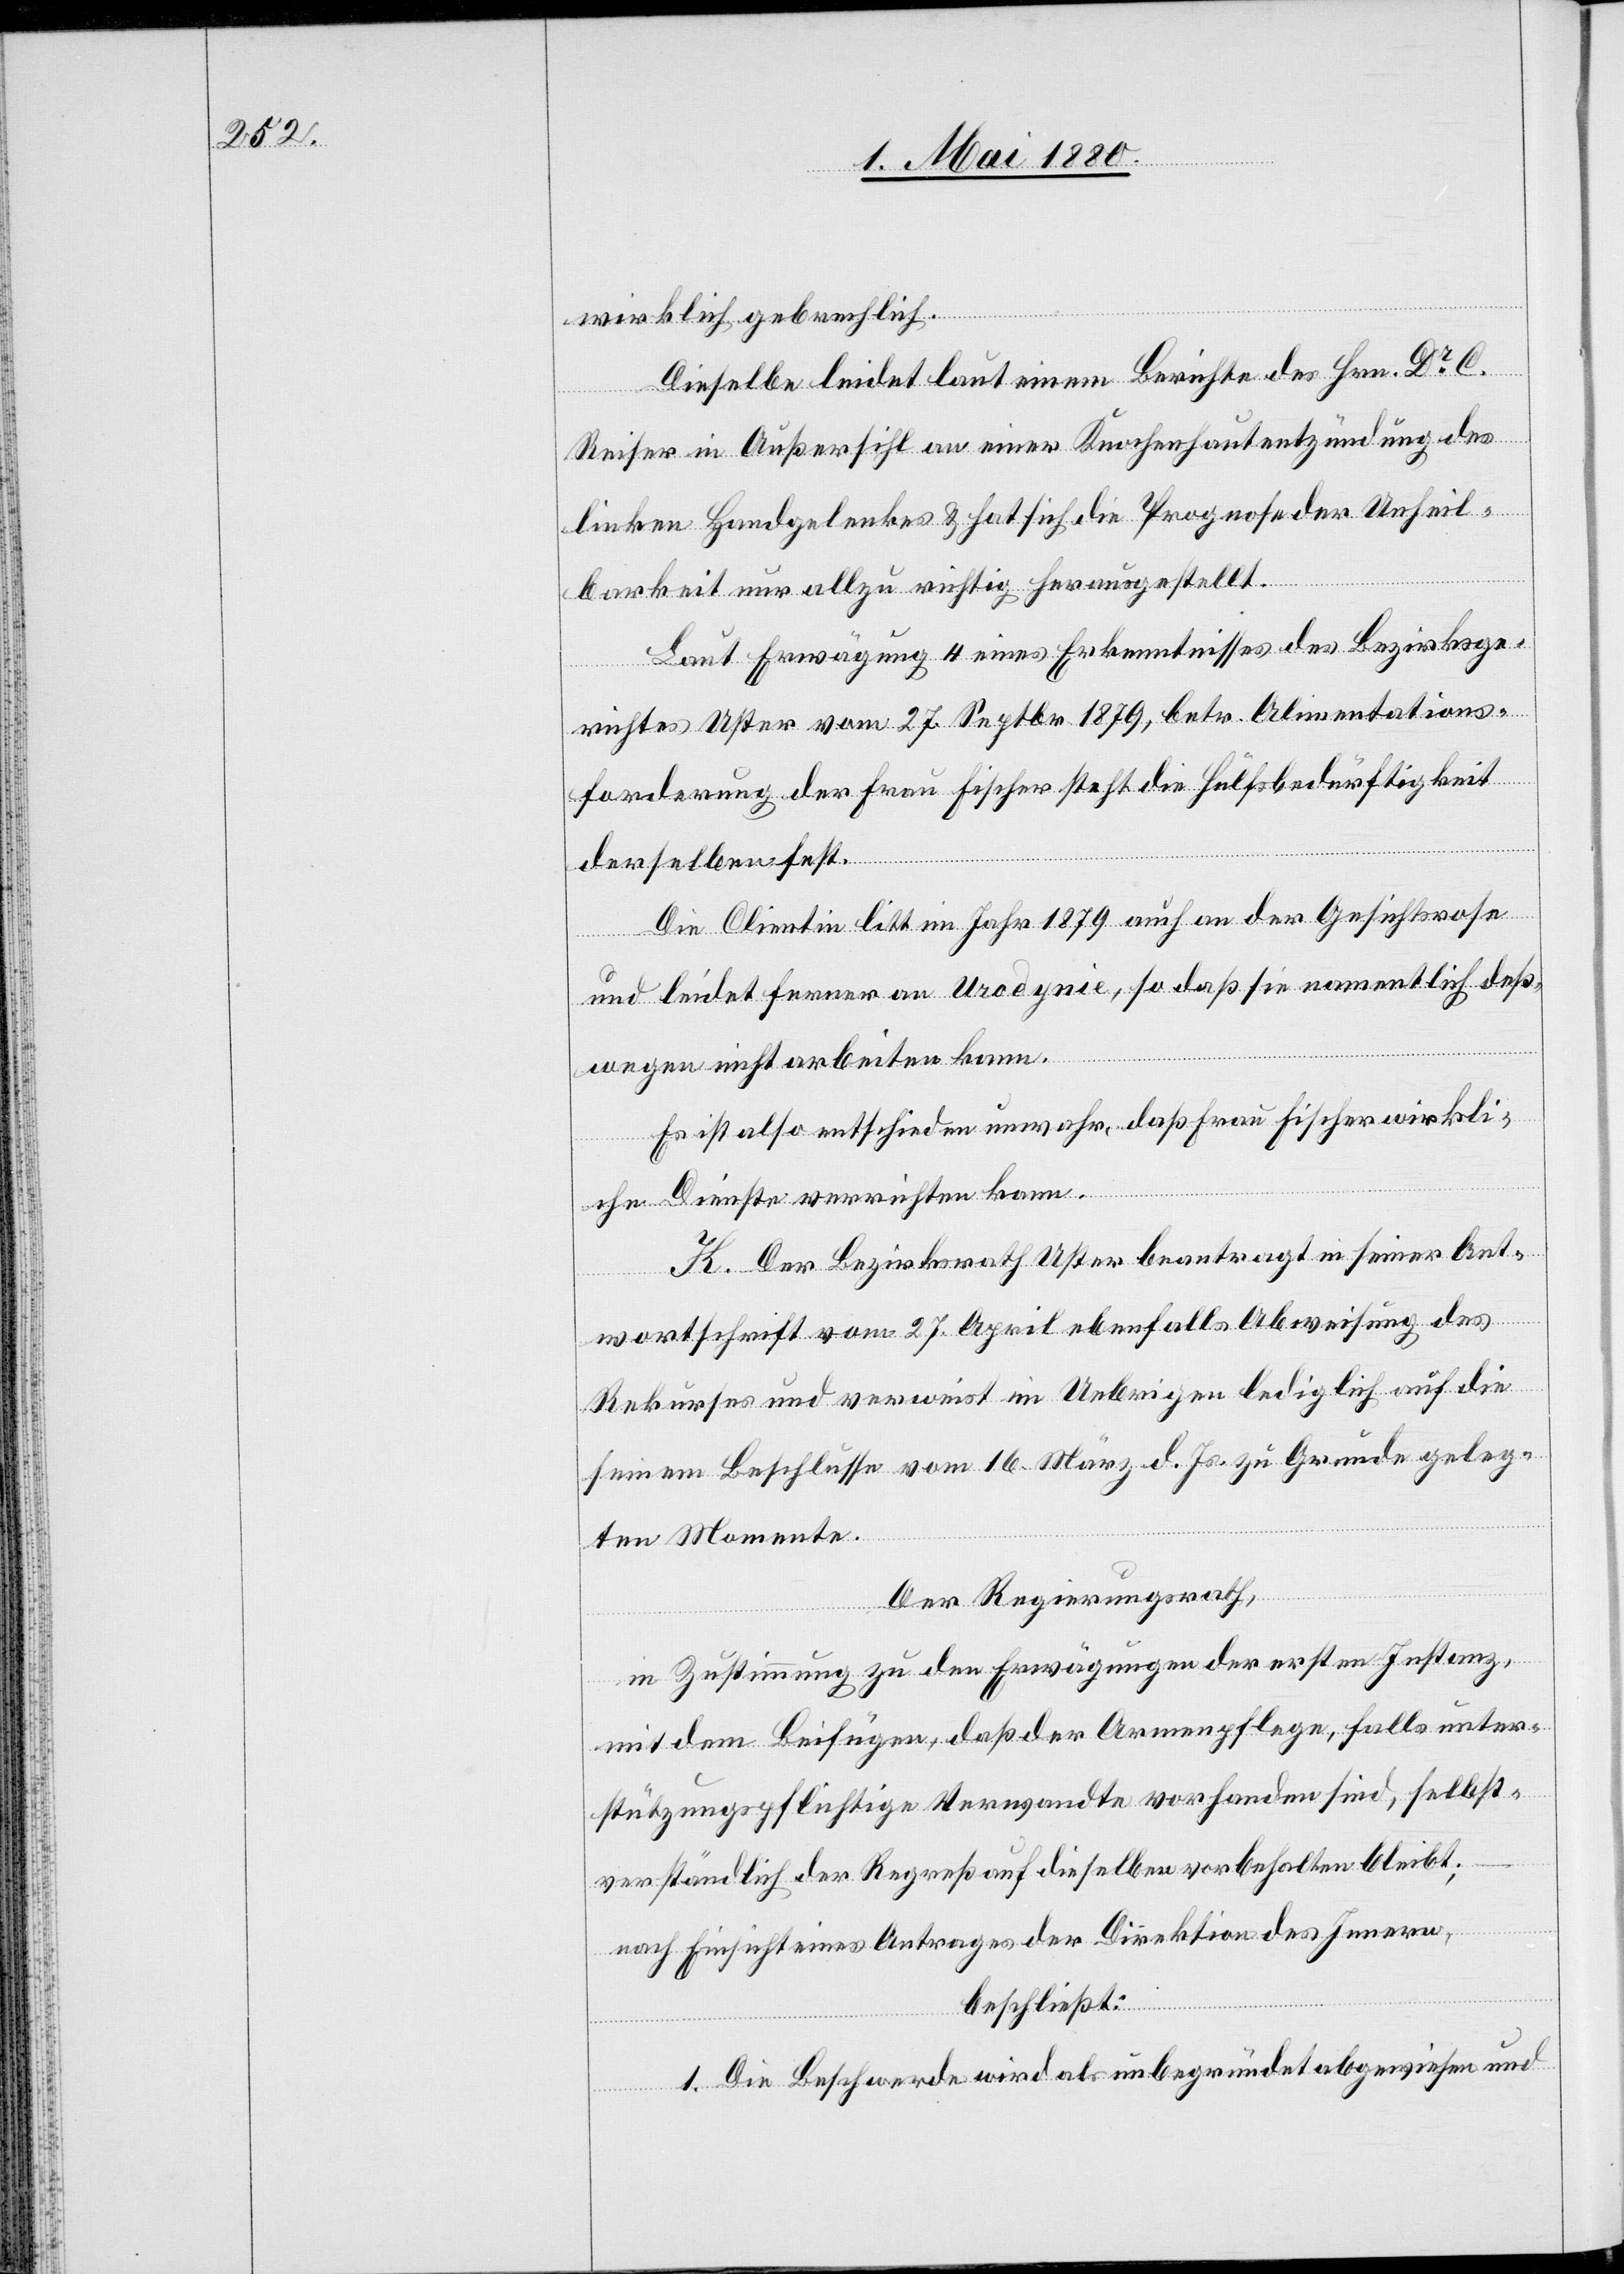
wirklich gebrechlich.
Dieselbe leidet laut einem Berichte des Hrn. Dr C.
Reiser in Außersihl an einer Knochenhautentzündung des
linken Handgelenkes & hat sich die Prognose der Unheil¬
barkeit nur allzu richtig herausgestellt.
Laut Erwägung 4 eines Erkenntnisses des Bezirksge¬
richtes Uster vom 27. Septbr. 1879, betr. Alimentations¬
forderung der Frau Fischer steht die Hülfsbedürftigkeit
derselben fest.
Die Clientin litt im Jahr 1879 auch an der Gesichtsrose
und leidet ferner an Urodynie, so daß sie namentlich deß¬
wegen nicht arbeiten kann.
Es ist also entschieden unwahr, daß Frau Fischer wirkli¬
che Dienste verrichten kann.
K. Der Bezirksrath Uster beantragt in seiner Ant¬
wortschrift vom 27. April ebenfalls Abweisung des
Rekurses und verweist im Uebrigen lediglich auf die
seinem Beschlusse vom 16. März d. Js. zu Grunde geleg¬
ten Momente.
Der Regierungsrath,
in Zustimmung zu den Erwägungen der ersten Instanz,
mit dem Beifügen, daß der Armenpflege, falls unter¬
stützungspflichtige Verwandte vorhanden sind, selbst¬
verständlich der Regreß auf dieselben vorbehalten bleibt,
nach Einsicht eines Antrages der Direktion des Innern,
beschließt:
1. Die Beschwerde wird als unbegründet abgewiesen und